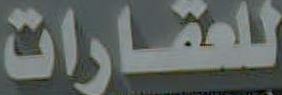
للعقارات